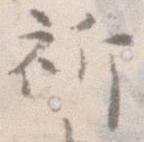
祈